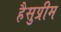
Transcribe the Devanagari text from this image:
हैसुप्रीम